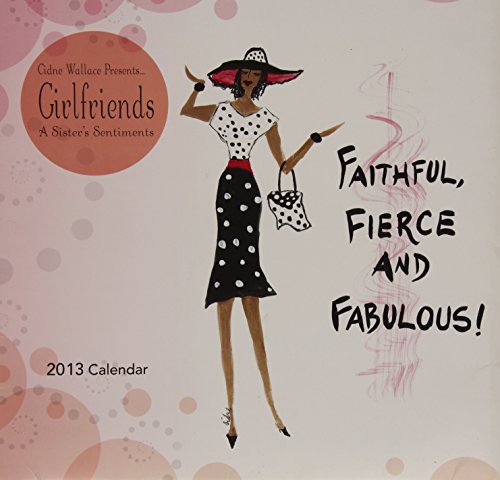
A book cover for Girlfriends, a Sistah's Sentiments 2013 Calendar; Shades of Color; Calendars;